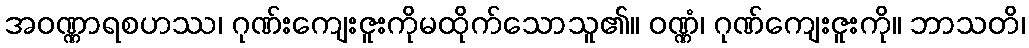
အဝဏ္ဏာရစဟဿ၊ ဂုဏ်းကျေးဇူးကိုမထိုက်သောသူ၏။ ဝဏ္ဏံ၊ ဂုဏ်ကျေးဇူးကို။ ဘာသတိ၊